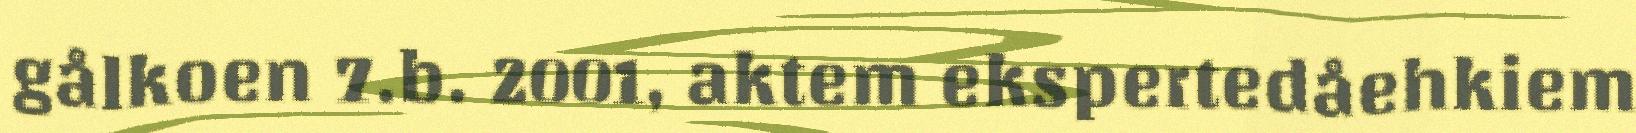
gålkoen 7.b. 2001, aktem ekspertedåehkiem